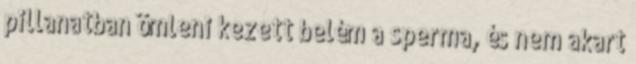
pillanatban ömleni kezett belém a sperma, és nem akart